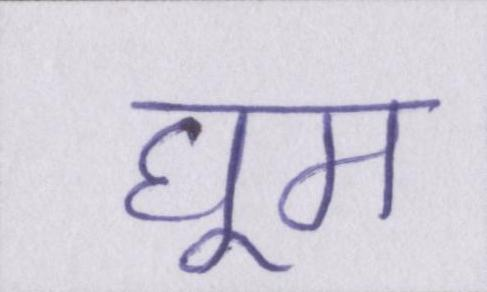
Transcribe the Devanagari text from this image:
घूम